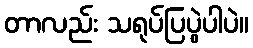
တာလည်း သရုပ်ပြပွဲပါပဲ။